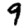
Digit: 9